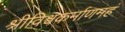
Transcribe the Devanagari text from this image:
श्रीविश्वकर्माणमहं